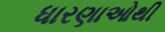
ધારણાઓથી